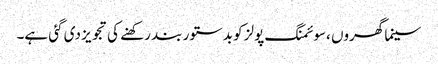
سینما گھروں ،سوئمنگ پولز کو بدستور بند رکھنے کی تجویز دی گئی ہے۔